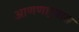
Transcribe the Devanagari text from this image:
आणणार्‍यास